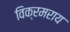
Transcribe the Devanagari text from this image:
विक्रमराय